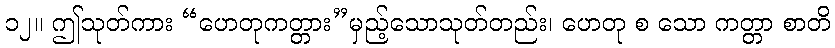
၁၂။ ဤသုတ်ကား “ဟေတုကတ္တား”မှည့်သောသုတ်တည်း၊ ဟေတု စ သော ကတ္တာ စာတိ